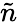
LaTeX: \tilde{n}